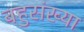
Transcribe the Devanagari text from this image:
बहुसंख्‍या